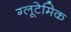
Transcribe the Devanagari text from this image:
ग्लूटेमिक